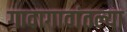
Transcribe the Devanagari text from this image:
गावागावांतल्या